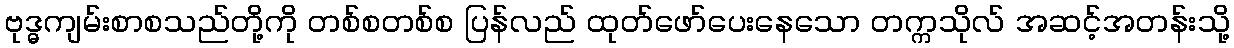
ဗုဒ္ဓကျမ်းစာစသည်တို့ကို တစ်စတစ်စ ပြန်လည် ထုတ်ဖော်ပေးနေသော တက္ကသိုလ် အဆင့်အတန်းသို့